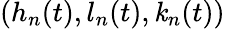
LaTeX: (h_{n}(t),l_{n}(t),\mathit{k}_{n}(t))